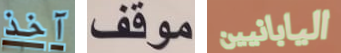
آخذ موقف اليابانيين